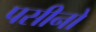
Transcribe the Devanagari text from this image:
पसीनो